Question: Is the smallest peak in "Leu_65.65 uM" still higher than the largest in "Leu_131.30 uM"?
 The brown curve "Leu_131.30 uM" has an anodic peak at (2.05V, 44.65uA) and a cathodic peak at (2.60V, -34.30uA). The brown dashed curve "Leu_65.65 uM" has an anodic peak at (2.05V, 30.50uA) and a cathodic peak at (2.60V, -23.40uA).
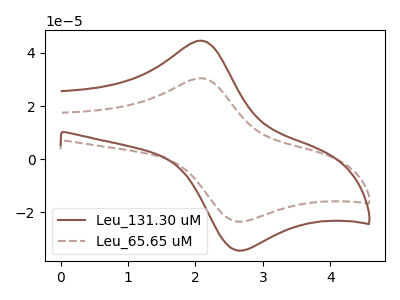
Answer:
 <answer>Every peak in "Leu_65.65 uM" is lower than every peak in "Leu_131.30 uM".</answer>
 <eval>lower</eval>